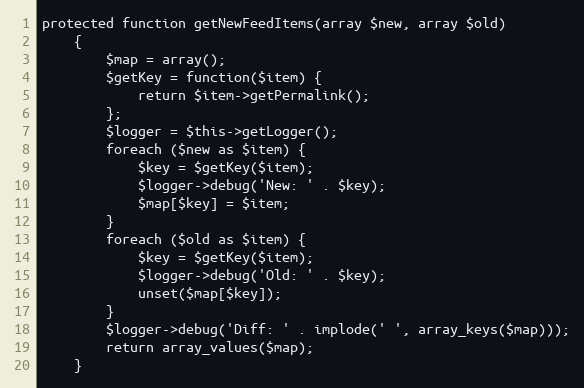
Language: PHP
protected function getNewFeedItems(array $new, array $old)
    {
        $map = array();
        $getKey = function($item) {
            return $item->getPermalink();
        };
        $logger = $this->getLogger();
        foreach ($new as $item) {
            $key = $getKey($item);
            $logger->debug('New: ' . $key);
            $map[$key] = $item;
        }
        foreach ($old as $item) {
            $key = $getKey($item);
            $logger->debug('Old: ' . $key);
            unset($map[$key]);
        }
        $logger->debug('Diff: ' . implode(' ', array_keys($map)));
        return array_values($map);
    }